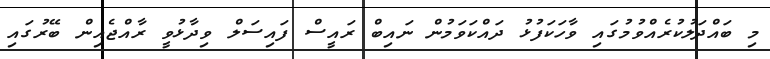
މި ބައްދަލުކުރެއްވުމުގައި ވާހަކަފުޅު ދައްކަވަމުން ނައިބް ރައީސް ފައިސަލް ވިދާޅުވީ ރާއްޖެއިން ބޭރުގައި